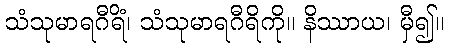
သံသုမာရဂီရိံ၊ သံသုမာရဂီရိကို။ နိဿာယ၊ မှီ၍။